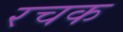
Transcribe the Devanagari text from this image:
रचक